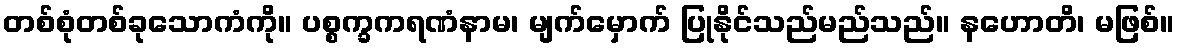
တစ်စုံတစ်ခုသောကံကို။ ပစ္စက္ခကရဏံနာမ၊ မျက်မှောက် ပြုနိုင်သည်မည်သည်။ နဟောတိ၊ မဖြစ်။